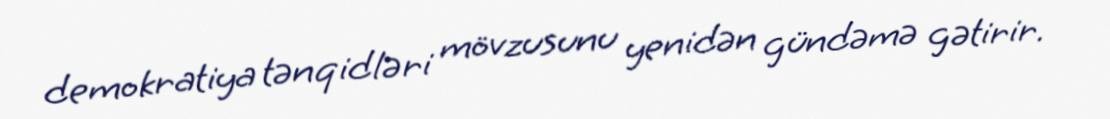
demokratiya tənqidləri mövzusunu yenidən gündəmə gətirir.